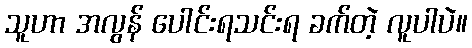
သူဟာ အလွန် ပေါင်းရသင်းရ ခက်တဲ့ လူပါပဲ။